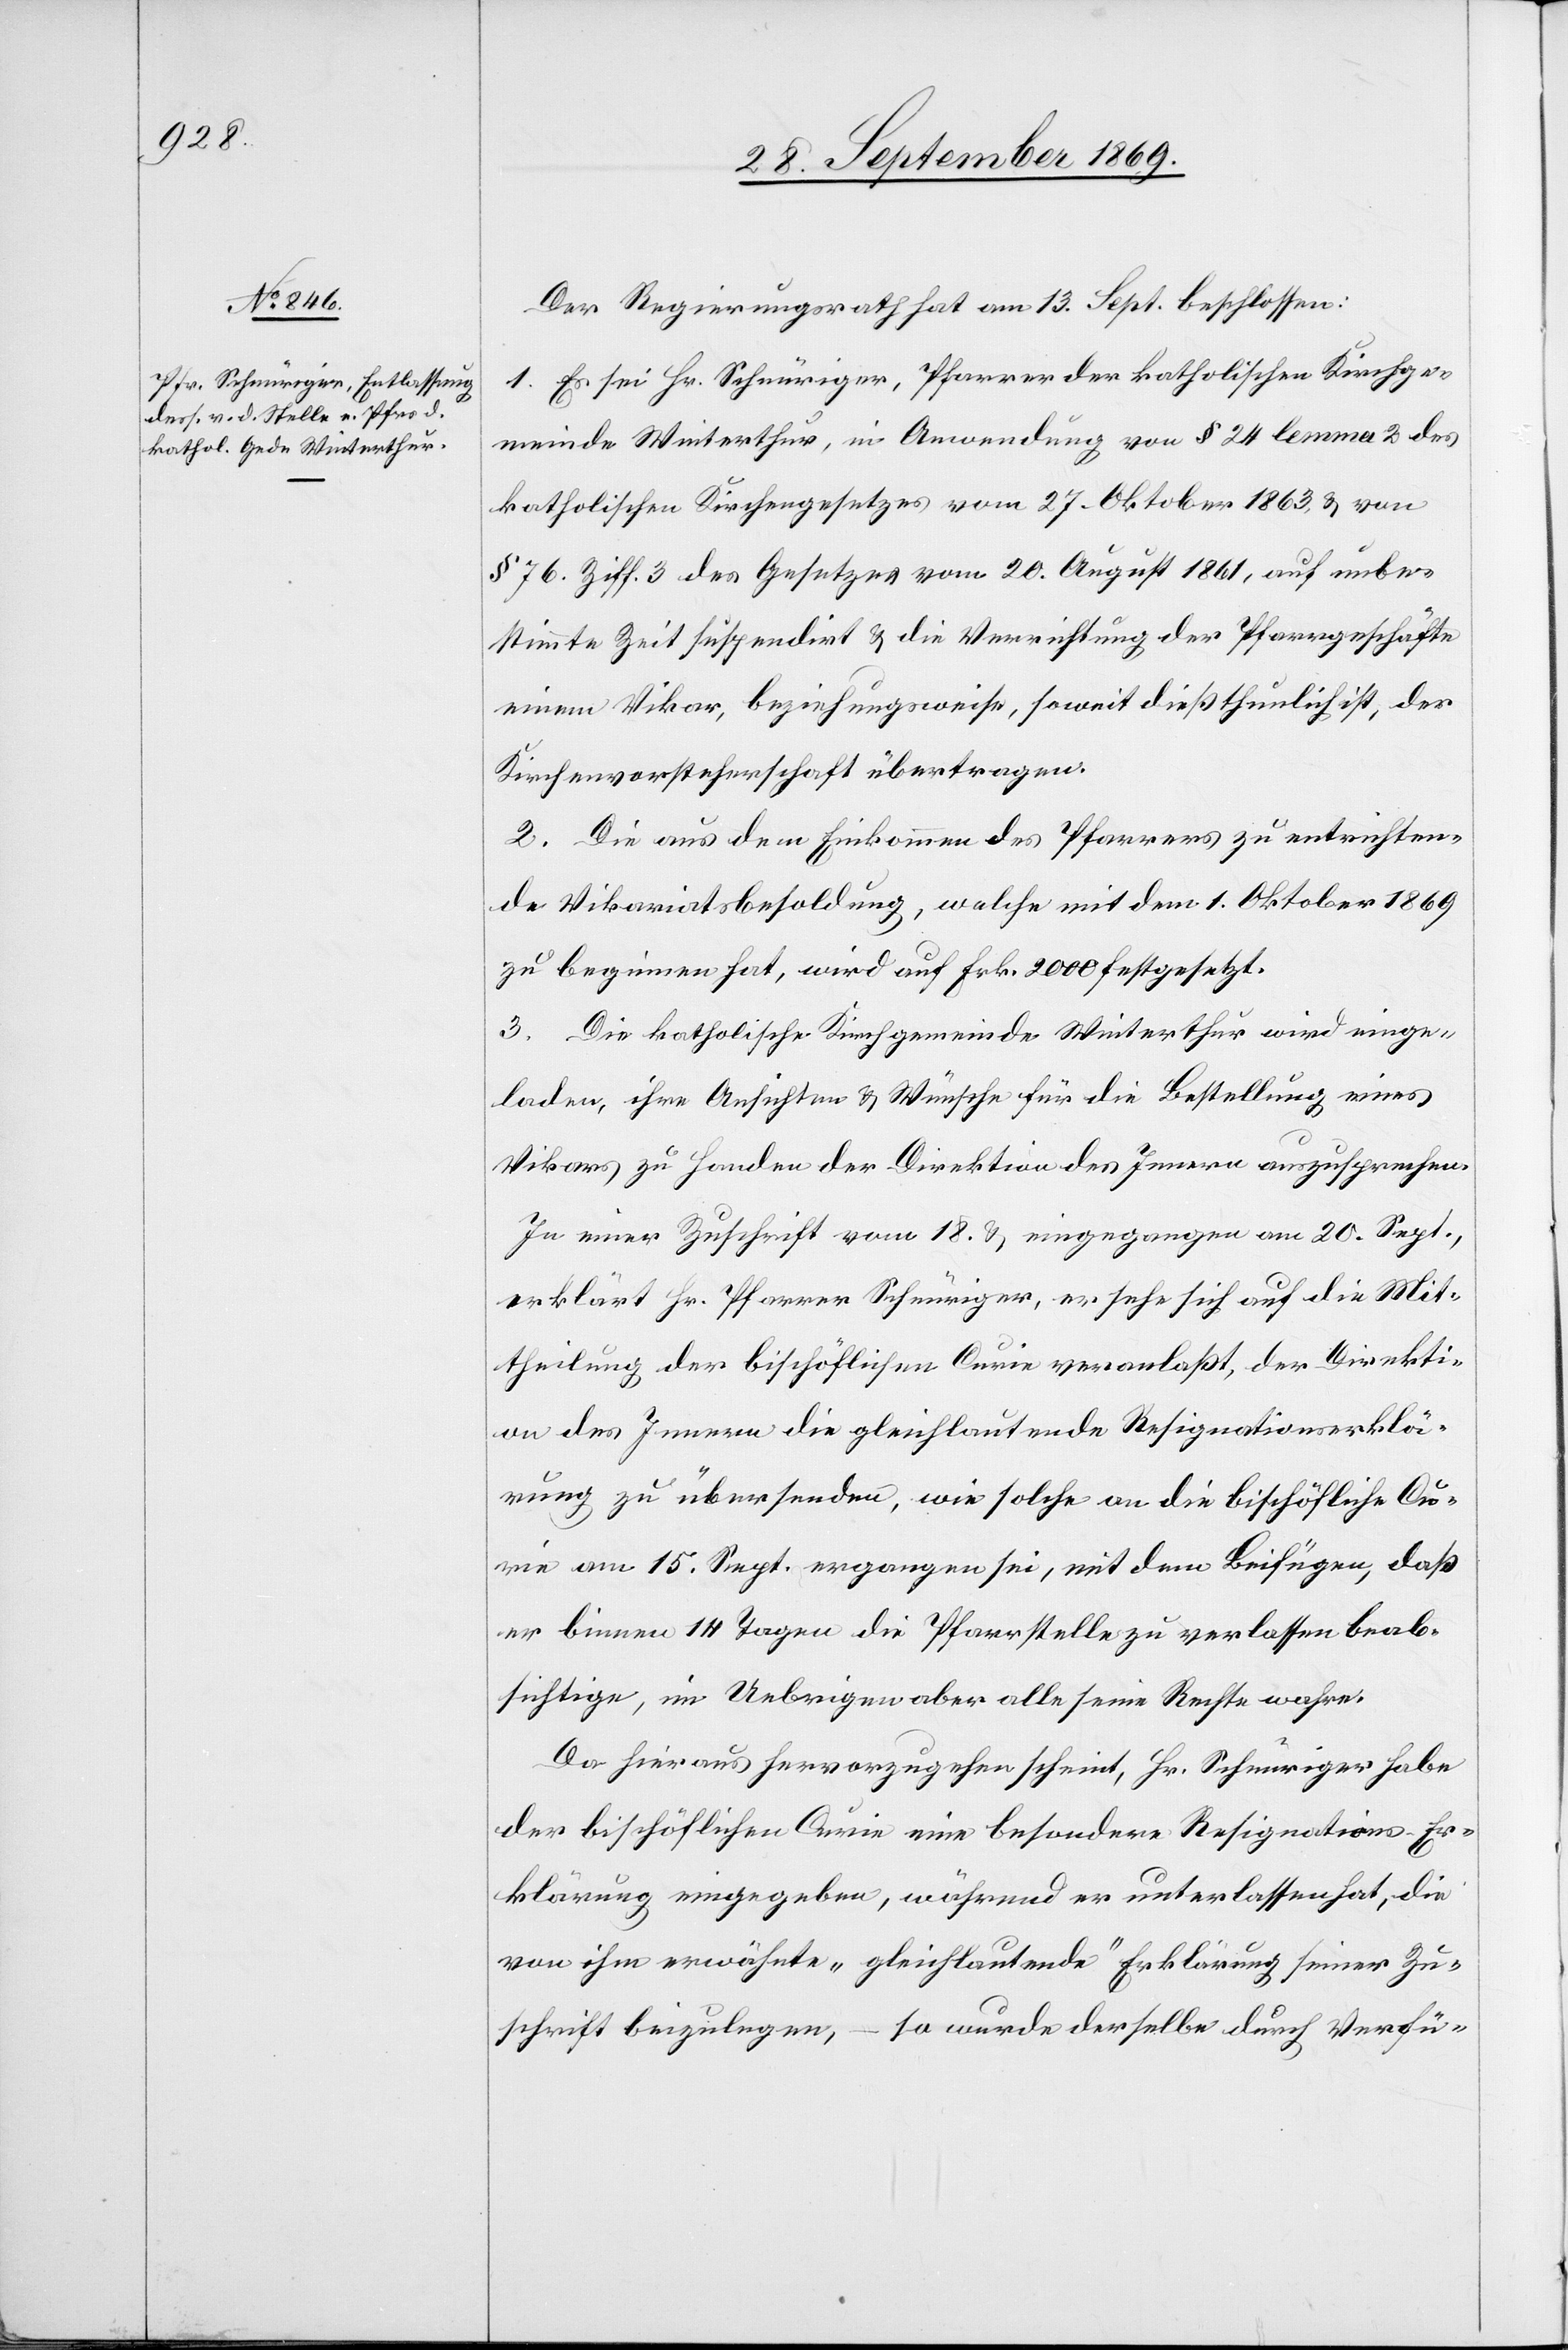
Der Regierungsrath hat am 13. Sept. beschlossen:
1. Es sei Hr. Schnüriger, Pfarrer der katholischen Kirchge¬
meinde Winterthur, in Anwendung von § 24 lemma 2 des
katholischen Kirchengesetzes vom 27. Oktober 1863, & von
§ 76. Ziff. 3 des Gesetzes vom 20. August 1861, auf unbe¬
stimmte Zeit suspendirt & die Verrichtung der Pfarrgeschäfte
einem Vikar, beziehungsweise, soweit dieß thunlich ist, der
Kirchenvorsteherschaft übertragen.
2. Die aus dem Einkommen des Pfarrers zu entrichten¬
de Vikariatsbesoldung, welche mit dem 1. Oktober 1869
zu beginnen hat, wird auf Frk. 2000 festgesetzt.
3. Die katholische Kirchgemeinde Winterthur wird einge¬
laden, ihre Ansichten & Wünsche für die Bestellung eines
Vikars zu Handen der Direktion des Innern auszusprechen.
In einer Zuschrift vom 18. & eingegangen am 20. Sept.,
erklärt Hr. Pfarrer Schnüriger, er sehe sich auf die Mit¬
theilung der bischöflichen Curie veranlaßt, der Direkti¬
on des Innern die gleichlautende Resignationserklä¬
rung zu übersenden, wie solche an die bischöfliche Cu¬
rie am 15. Sept. ergangen sei, mit dem Beifügen, daß
er binnen 14 Tagen die Pfarrstelle zu verlassen beab¬
sichtige, im Uebrigen aber alle seine Rechte wahre.
Da hieraus hervorzugehen scheint, Hr. Schnüriger habe
der bischöflichen Curie eine besondere Resignations-Er¬
klärung eingegeben, während er unterlassen hat, die
von ihm erwähnte „gleichlautende“ Erklärung seiner Zu¬
so wurde derselbe durch Verfü-
schrift beizulegen,